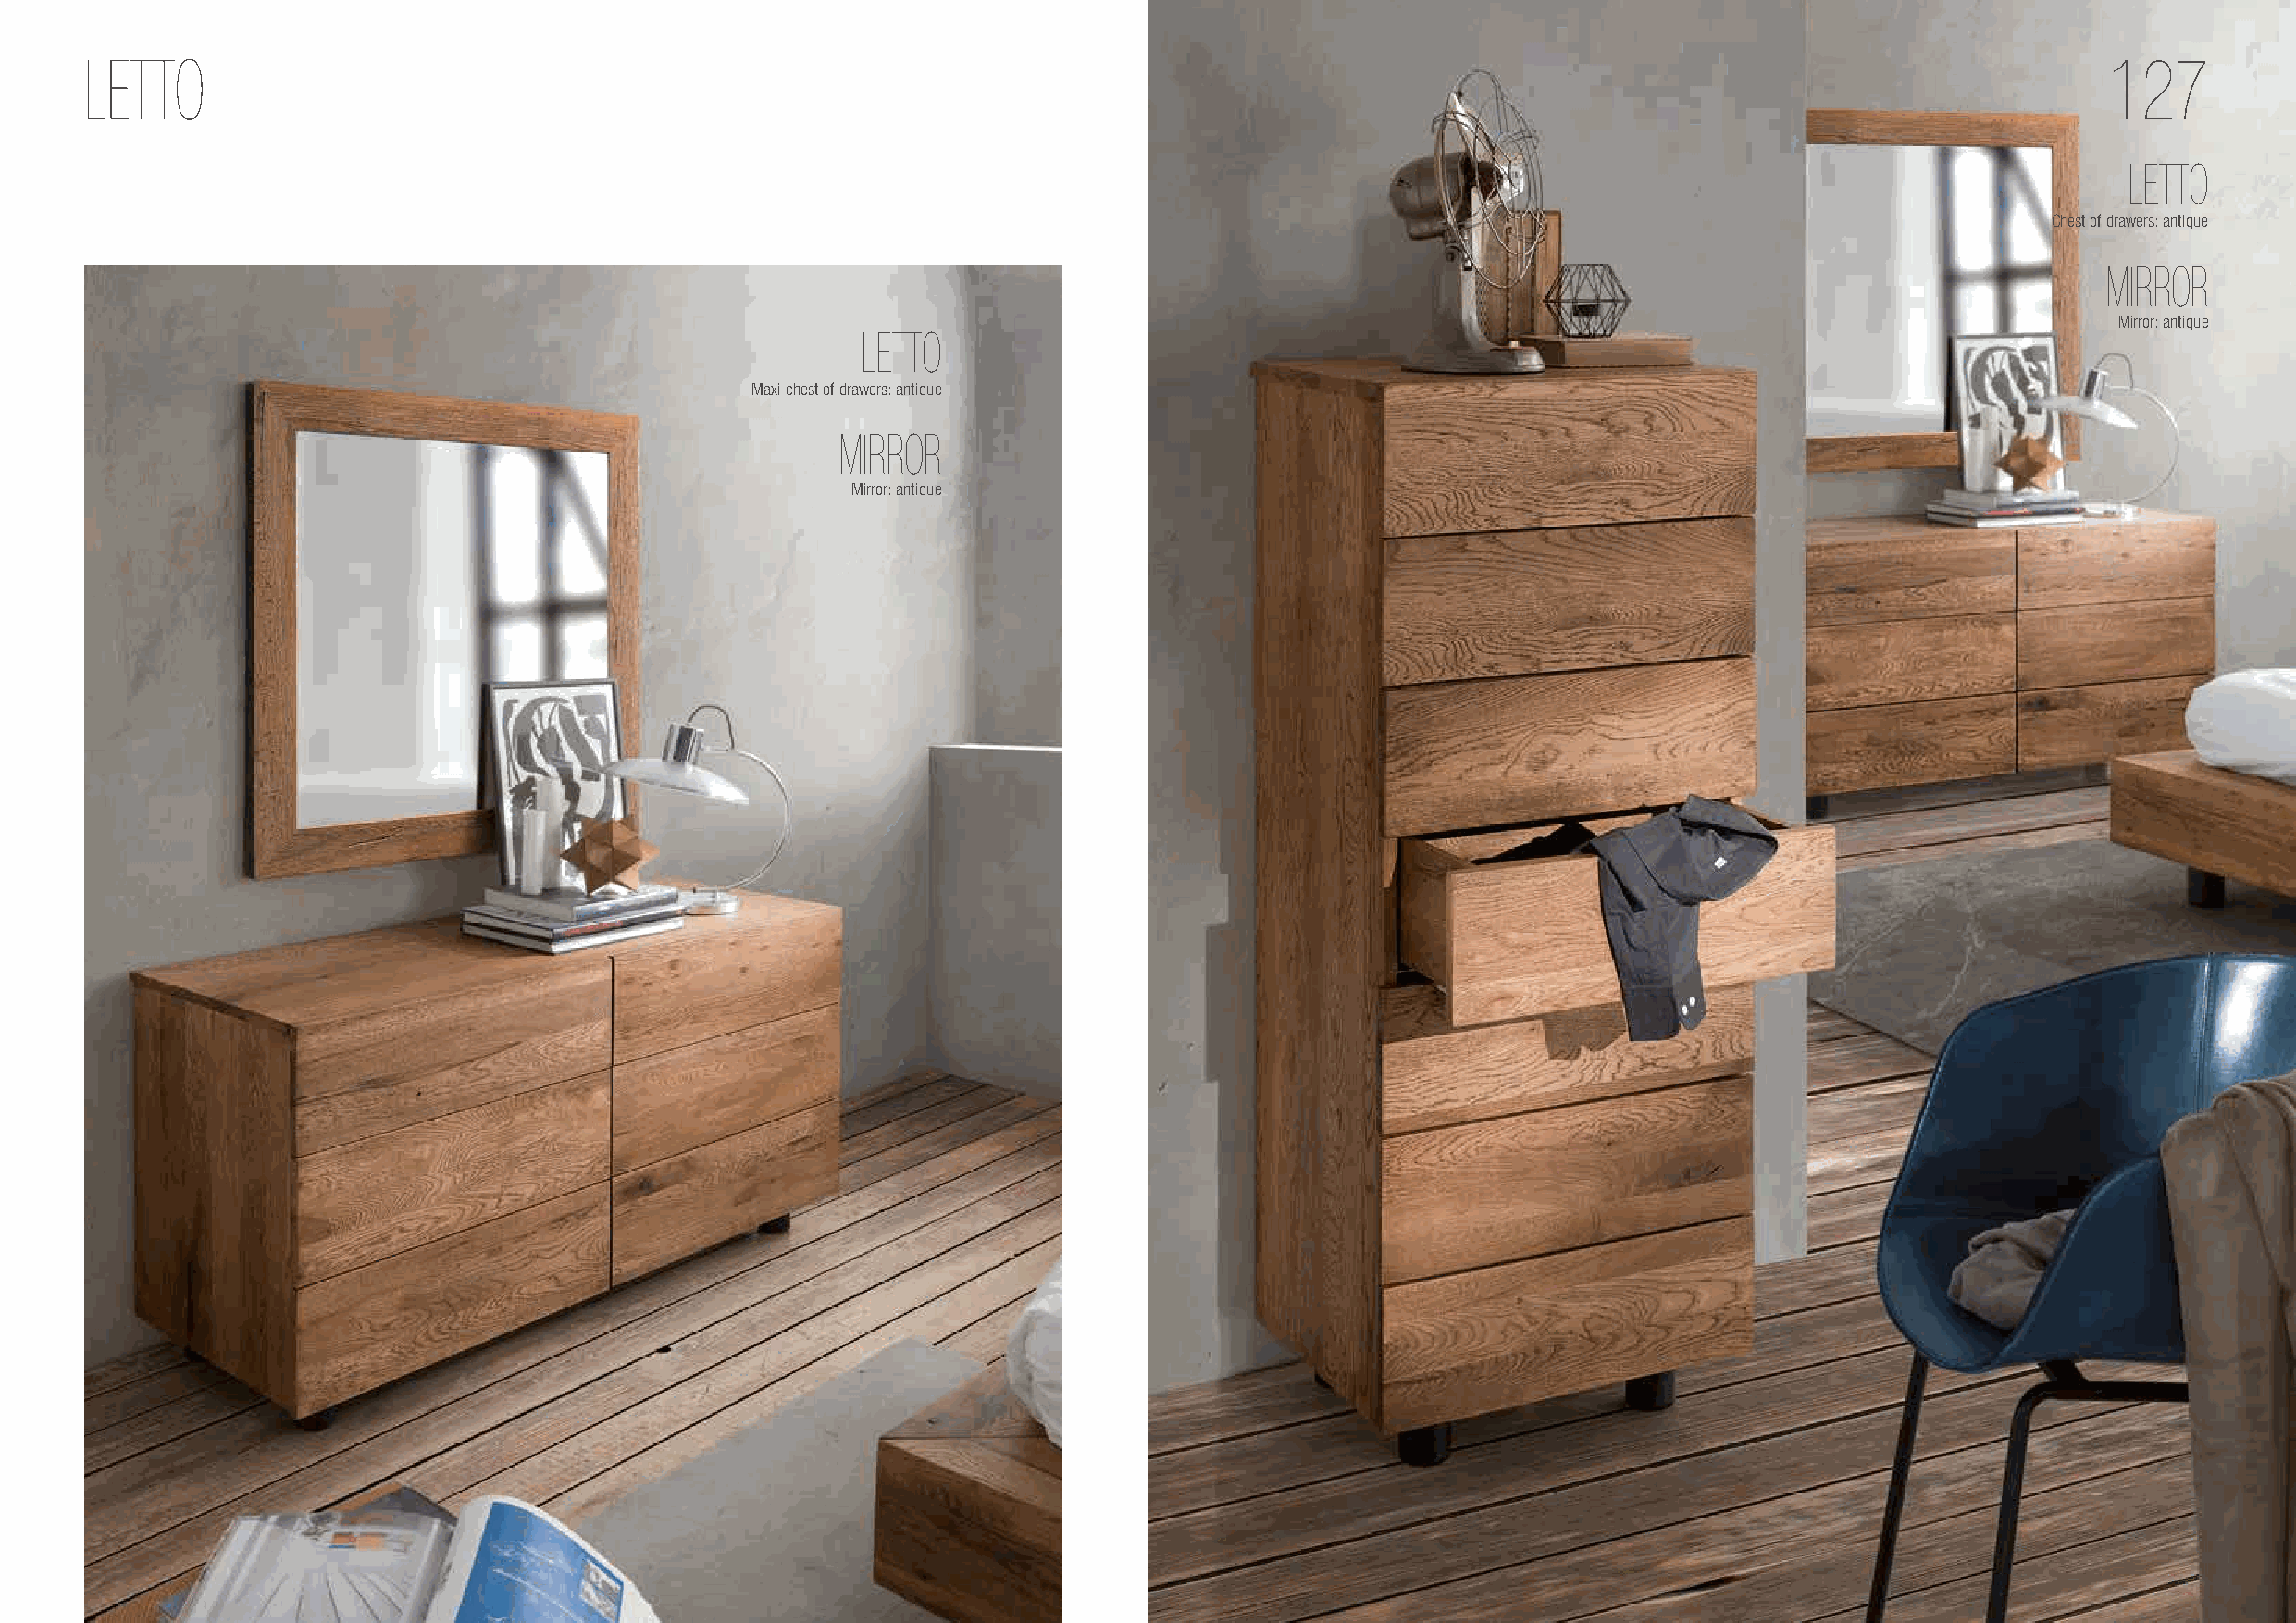
LETTO                                                                                                                                            127
 LETTO
 Chest of drawers: antique
 MIRROR
 Mirror: antique
 LETTO
 Maxi-chest of drawers: antique
 MIRROR
 Mirror: antique